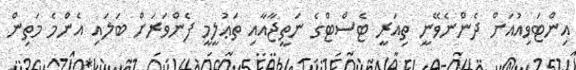
އިންޓަވިއުއަށް ދެންނެވޭނީ ތިއަރީ ޓެސްޓްގެ ނަތީޖާއާއި ތަޢުލީމީ ފެންވަރަށް ބަލައި އެންމެ މަތިން